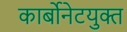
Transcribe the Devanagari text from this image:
कार्बोनेटयुक्त